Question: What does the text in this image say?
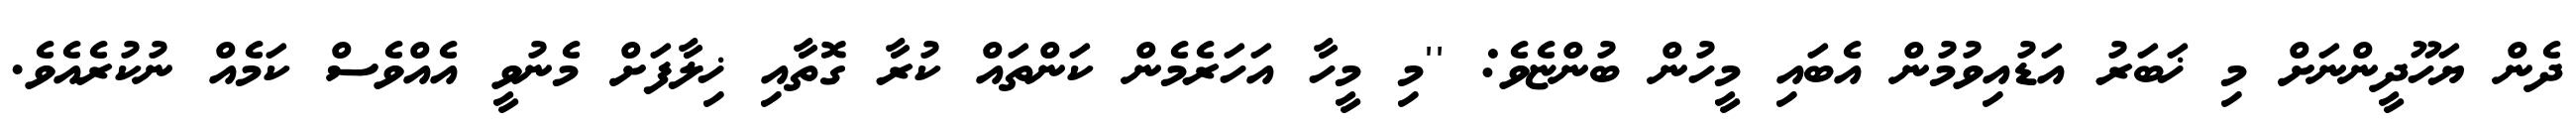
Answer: ދެން ޔަހޫދީންނަށް މި ޚަބަރު އަޑުއިވުމުން އެބައި މީހުން ބުންޏެވެ: ''މި މީހާ އަހަރެމެން ކަންތައް ކުރާ ގޮތާއި ޚިލާފަށް މެނުވީ އެއްވެސް ކަމެއް ނުކުރެއެވެ.